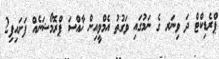
ޕްރެޑިކްޓް ދަ ވިނަރ ގެ ނަމުގައި ވަގުތު އެމްވީއިން ޚާއްސަ ޕްރޮމޯޝަނެއް ފަށައިފި2